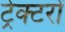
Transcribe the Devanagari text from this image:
ट्रेक्टरों